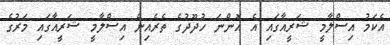
އެކަމު އިސްލާމީ ޝަރީއާގައި އެ އޮންނަ ހުދޫދުގެ ތެރެއިން އިސްލާމީ ޝަރީއާގައި މަރުގެ